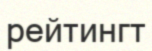
рейтингт